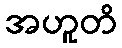
အဟူတိ